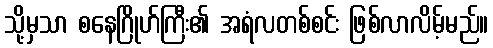
သို့မှသာ စနေဂြိုဟ်ကြီး၏ အရံလတစ်စင်း ဖြစ်လာလိမ့်မည်။